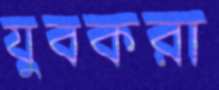
যুবকরা